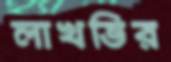
লাখভির